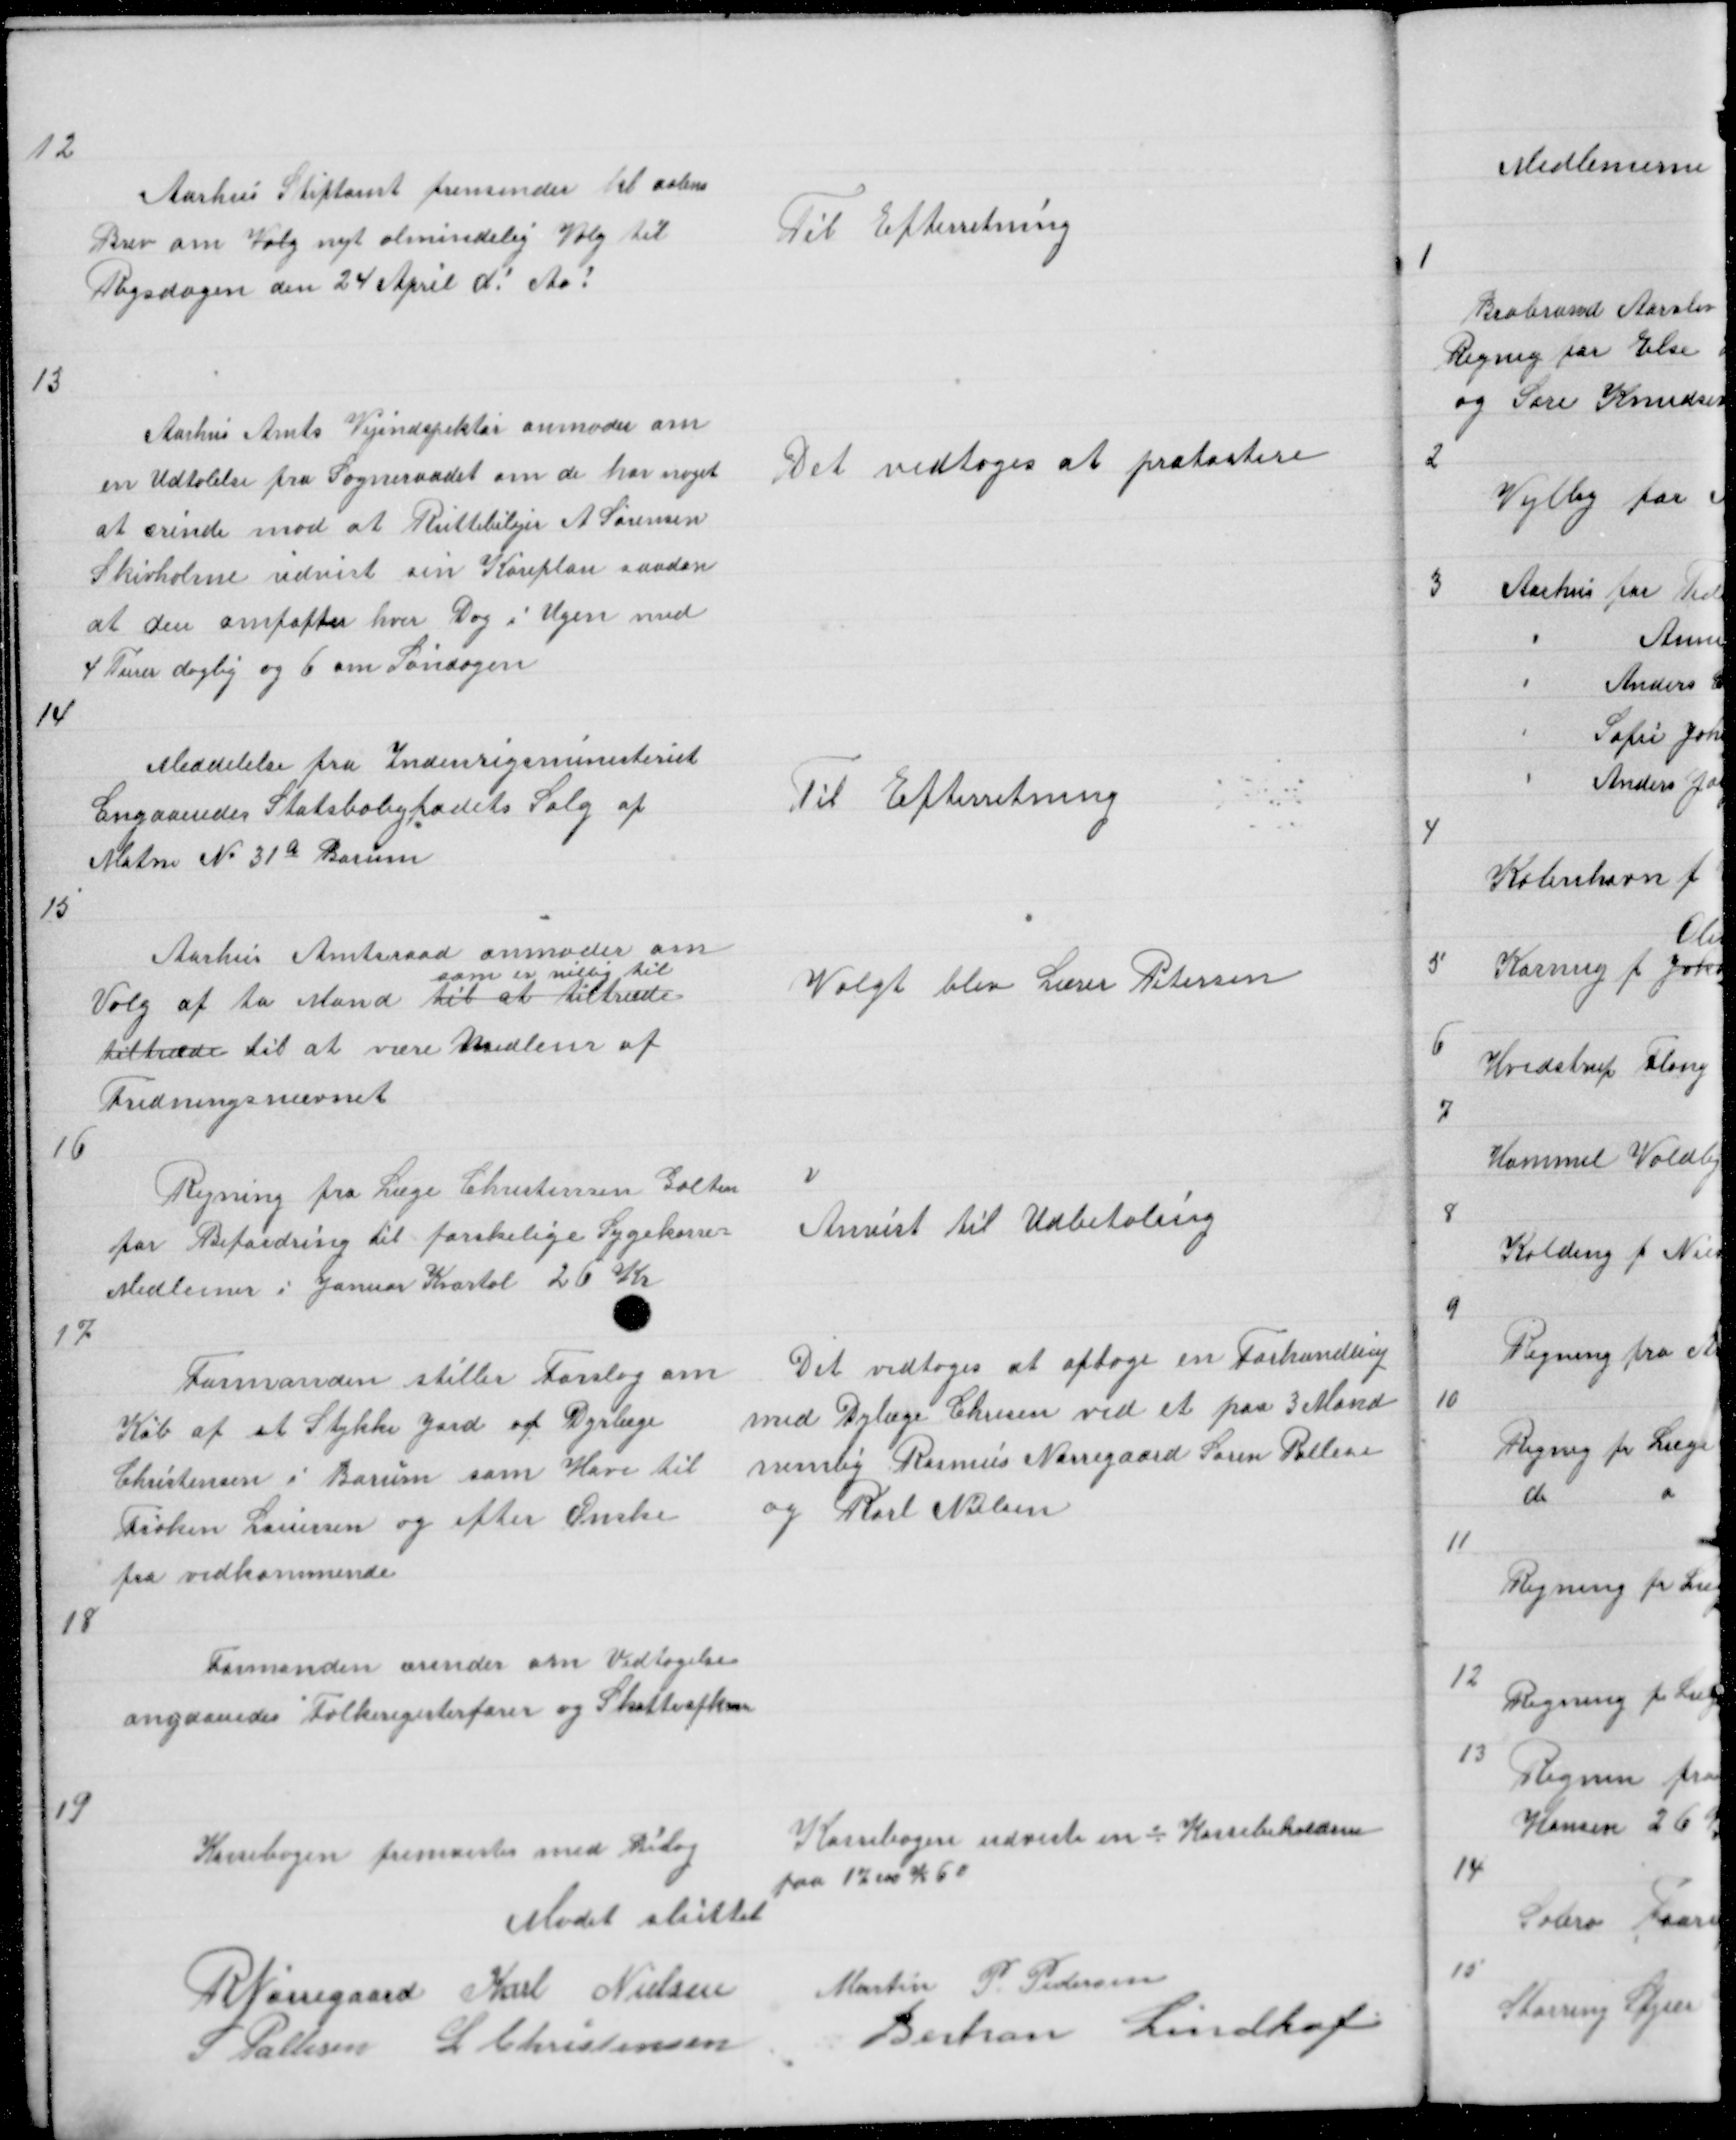
Transskription:
12

Aarhus Stiftamt fremsender et aaben
Brev om Valg nyt almindelig Valg til
Rigsdagen den 24 April d! Aa!

Til Efterretning

13

Aarhus Amts Vejindspektør anmoder om
en Udtalelse fra Sogneraadet om de har noget
at ærindre mod at Ruttebilejer A Sørensen
Skivholme udvist sin Køreplan saadan
at den omfatter hver Dag i Ugen med
4 Turer daglig og 6 om Søndagen

Det vedtoges at protastere

14

Meddelelse fra Indenrigsministeriet
angaaendes Statsboligfodets Salg af
Matri No 31 a Borum

Til Efterretning

15

Aarhus Amtsraad anmoder om
som er villig til
Valg af to Mænd til at tiltræde
tiltræde til at være Medlem af
Fredningsnævnet

Valgt blev Lærer Petersen

16

Regning fra Læge Christensen Galten
for Befordring til forskelige Sygekasse =
Medlemer i Januar Kvartal 26 Kr

Anvist til Udbetaling

17

Formanden stiller Forslag om
Køb af et Stykke Jord af Dyrlæge
Christensen i Borum som Have til
Frøken Lauersen og efter Ønske
fra vedkommende

Det vedtoges at optage en Forhandling
med Dyrlæge Chrisen ved et paa 3 Mand
nemlig Rasmus Nørregaard Søren Pallesen
og Karl Nielsen

18

Formanden ærinder om Vedtagelse
angaaendes Folkeregisterfører og Skatteopkr

19

Kassebogen fremvistes med Bilag
Mødet sluttet

Kassebogen udviste en ÷ Kassebeholdnin
paa 1700 K 60

R Nørregaard Karl Nielsen
Martin P Pedersen
S Pallesen L Christensen
Bertran Lindhof